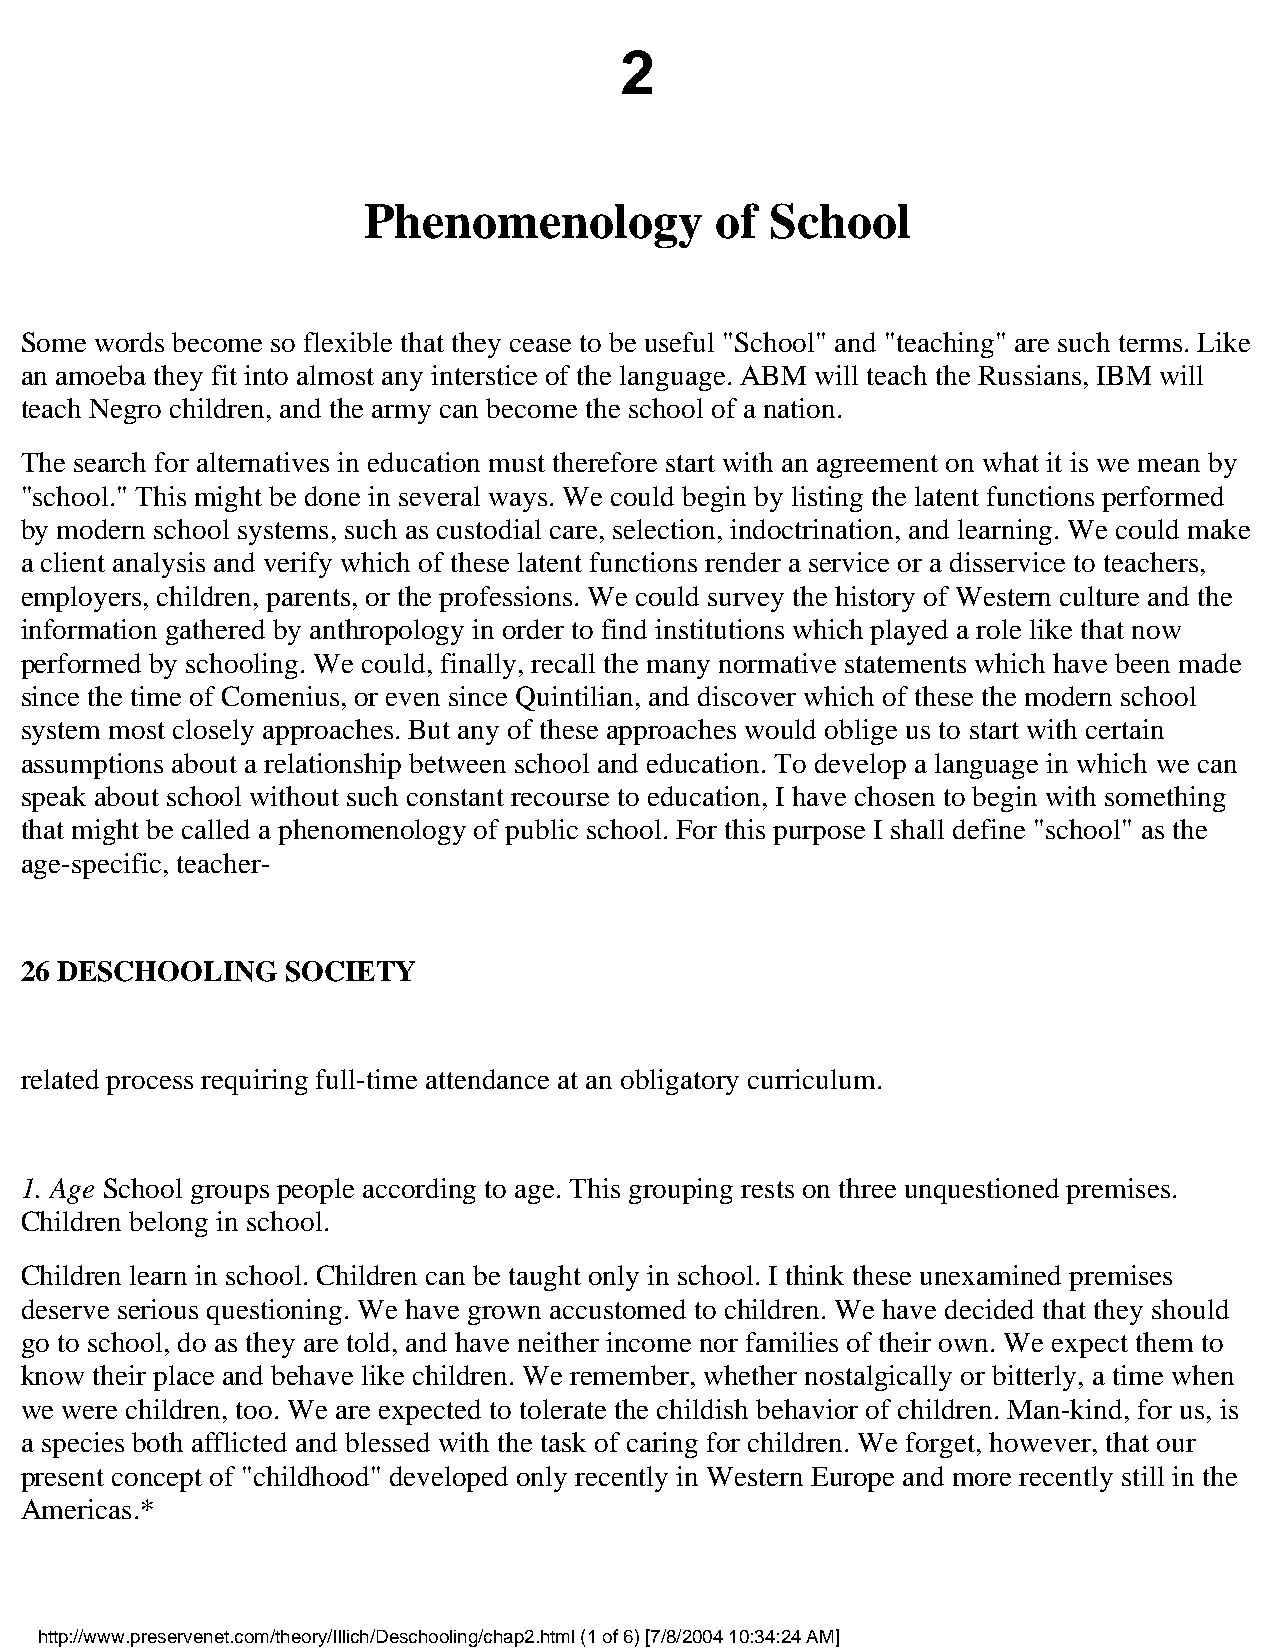
2
 Phenomenology          of  School
 Some words become so flexible that they cease to be useful "School" and "teaching" are such terms. Like
 an amoeba they fit into almost any interstice of the language. ABM will teach the Russians, IBM will
 teach Negro children, and the army can become the school of a nation.
 The search for alternatives in education must therefore start with an agreement on what it is we mean by
 "school." This might be done in several ways. We could begin by listing the latent functions performed
 by modern school systems, such as custodial care, selection, indoctrination, and learning. We could make
 a client analysis and verify which of these latent functions render a service or a disservice to teachers,
 employers, children, parents, or the professions. We could survey the history of Western culture and the
 information gathered by anthropology in order to find institutions which played a role like that now
 performed by schooling. We could, finally, recall the many normative statements which have been made
 since the time of Comenius, or even since Quintilian, and discover which of these the modern school
 system most closely approaches. But any of these approaches would oblige us to start with certain
 assumptions about a relationship between school and education. To develop a language in which we can
 speak about school without such constant recourse to education, I have chosen to begin with something
 that might be called a phenomenology of public school. For this purpose I shall define "school" as the
 age-specific, teacher-
 26 DESCHOOLING    SOCIETY
 related process requiring full-time attendance at an obligatory curriculum.
 1. Age School groups people according to age. This grouping rests on three unquestioned premises.
 Children belong in school.
 Children learn in school. Children can be taught only in school. I think these unexamined premises
 deserve serious questioning. We have grown accustomed to children. We have decided that they should
 go to school, do as they are told, and have neither income nor families of their own. We expect them to
 know their place and behave like children. We remember, whether nostalgically or bitterly, a time when
 we were children, too. We are expected to tolerate the childish behavior of children. Man-kind, for us, is
 a species both afflicted and blessed with the task of caring for children. We forget, however, that our
 present concept of "childhood" developed only recently in Western Europe and more recently still in the
 Americas.*
 http://www.preservenet.com/theory/Illich/Deschooling/chap2.html (1 of 6) [7/8/2004 10:34:24 AM]